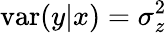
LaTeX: \mathrm{var}(y|x)=\sigma_{z}^{2}